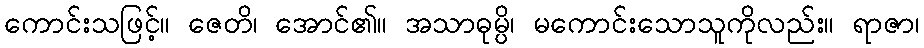
ကောင်းသဖြင့်။ ဇေတိ၊ အောင်၏။ အသာဓုမ္ပိ၊ မကောင်းသောသူကိုလည်း။ ရာဇာ၊